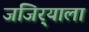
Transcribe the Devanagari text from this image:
जंजिर्‍याला